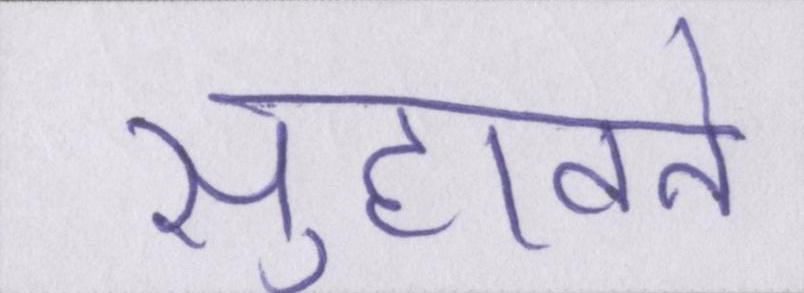
सुहावने